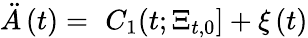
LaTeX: \ddot{A}\left(t\right)=\, \, C_{1}(t;\Xi_{t,0}]+\xi\left(t\right)